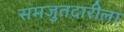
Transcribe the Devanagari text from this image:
समजुतदारीला